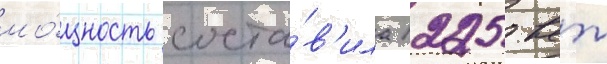
мо́щность соста́в'ила 1225 квт